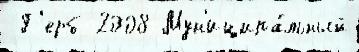
 Г'ерб 2008 Мун'иципа́льный